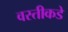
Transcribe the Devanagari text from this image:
वस्तीकडे